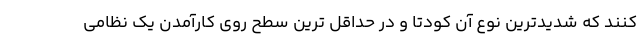
کنند که شدیدترین نوع آن کودتا و در حداقل ترین سطح روی کارآمدن یک نظامی